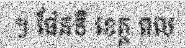
។ ផែនទី ខេត្ត ពល